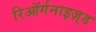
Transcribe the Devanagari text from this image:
रिऑर्गनाइज़्ड